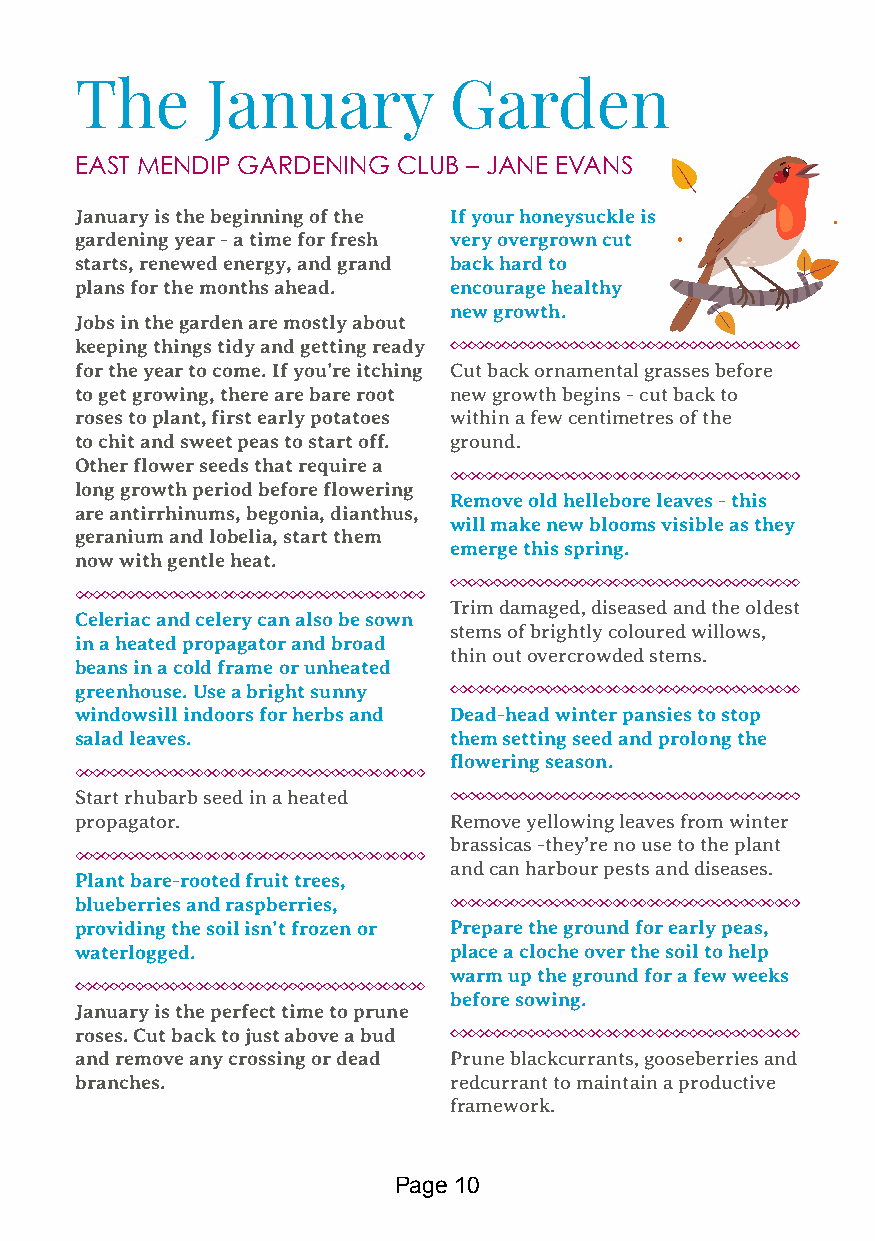
The      January         Garden
 EAST MENDIP GARDENING CLUB – JANE EVANS
 January is the beginning of the If your honeysuckle is
 gardening year - a time for fresh very overgrown cut
 starts, renewed energy, and grand back hard to
 plans for the months ahead. encourage healthy
 new growth.
 Jobs in the garden are mostly about
 keeping things tidy and getting ready
 for the year to come. If you’re itching Cut back ornamental grasses before
 to get growing, there are bare root new growth begins - cut back to
 roses to plant, first early potatoes within a few centimetres of the
 to chit and sweet peas to start off. ground.
 Other flower seeds that require a
 long growth period before flowering
 Remove old hellebore leaves - this
 are antirrhinums, begonia, dianthus,
 will make new blooms visible as they
 geranium and lobelia, start them
 emerge this spring.
 now with gentle heat.
 Trim damaged, diseased and the oldest
 Celeriac and celery can also be sown
 stems of brightly coloured willows,
 in a heated propagator and broad
 thin out overcrowded stems.
 beans in a cold frame or unheated
 greenhouse. Use a bright sunny
 windowsill indoors for herbs and Dead-head winter pansies to stop
 salad leaves.            them setting seed and prolong the
 flowering season.
 Start rhubarb seed in a heated
 propagator.              Remove yellowing leaves from winter
 brassicas -they’re no use to the plant
 and can harbour pests and diseases.
 Plant bare-rooted fruit trees,
 blueberries and raspberries,
 providing the soil isn’t frozen or Prepare the ground for early peas,
 waterlogged.             place a cloche over the soil to help
 warm up the ground for a few weeks
 before sowing.
 January is the perfect time to prune
 roses. Cut back to just above a bud
 and remove any crossing or dead Prune blackcurrants, gooseberries and
 branches.                redcurrant to maintain a productive
 framework.
 Page 10